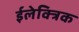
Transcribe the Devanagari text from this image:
ईलेक्त्रिक